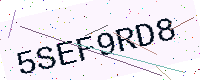
Text: 5SEF9RD8